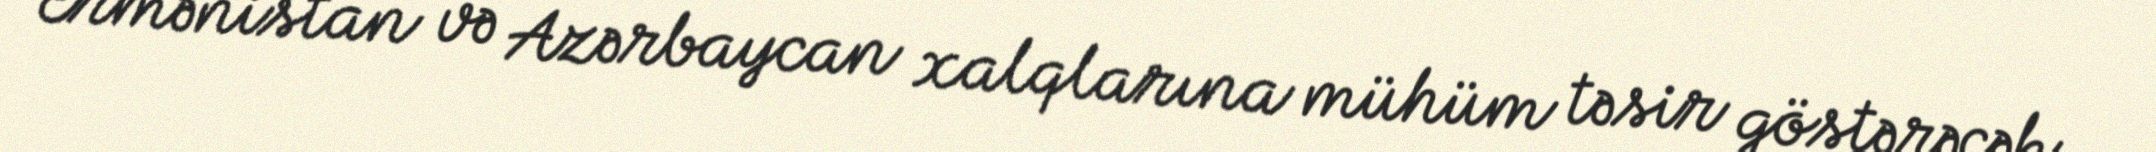
Ermənistan və Azərbaycan xalqlarına mühüm təsir göstərəcək.